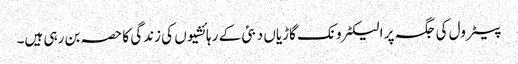
پیٹرول کی جگہ پر الیکٹرونک گاڑیاں دبئی کے رہائشیوں کی زندگی کا حصہ بن رہی ہیں۔